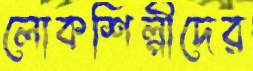
লোকশিল্পীদের